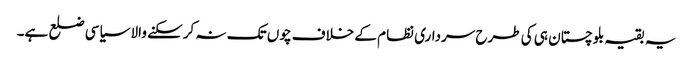
یہ بقیہ بلوچستان ہی کی طرح سرداری نظام کے خلاف چوں تک نہ کرسکنے والا سیاسی ضلع ہے۔